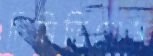
দিমিত্রিয়োস